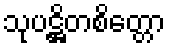
သုပဋ္ဌိတစိတ္တော